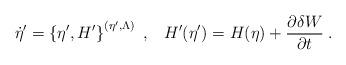
LaTeX: \begin{align*}\dot{\eta}'=\left\{\eta',H'\right\}^{(\eta',\Lambda)}\;,\;\;\;H'(\eta')=H(\eta)+\frac{\partial \delta W}{\partial t}\;.\end{align*}